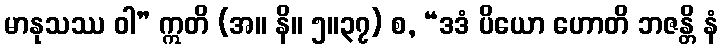
မာနုသဿ ဝါ” ဣတိ (အ။ နိ။ ၅။၃၇) စ, “ဒဒံ ပိယော ဟောတိ ဘဇန္တိ နံ